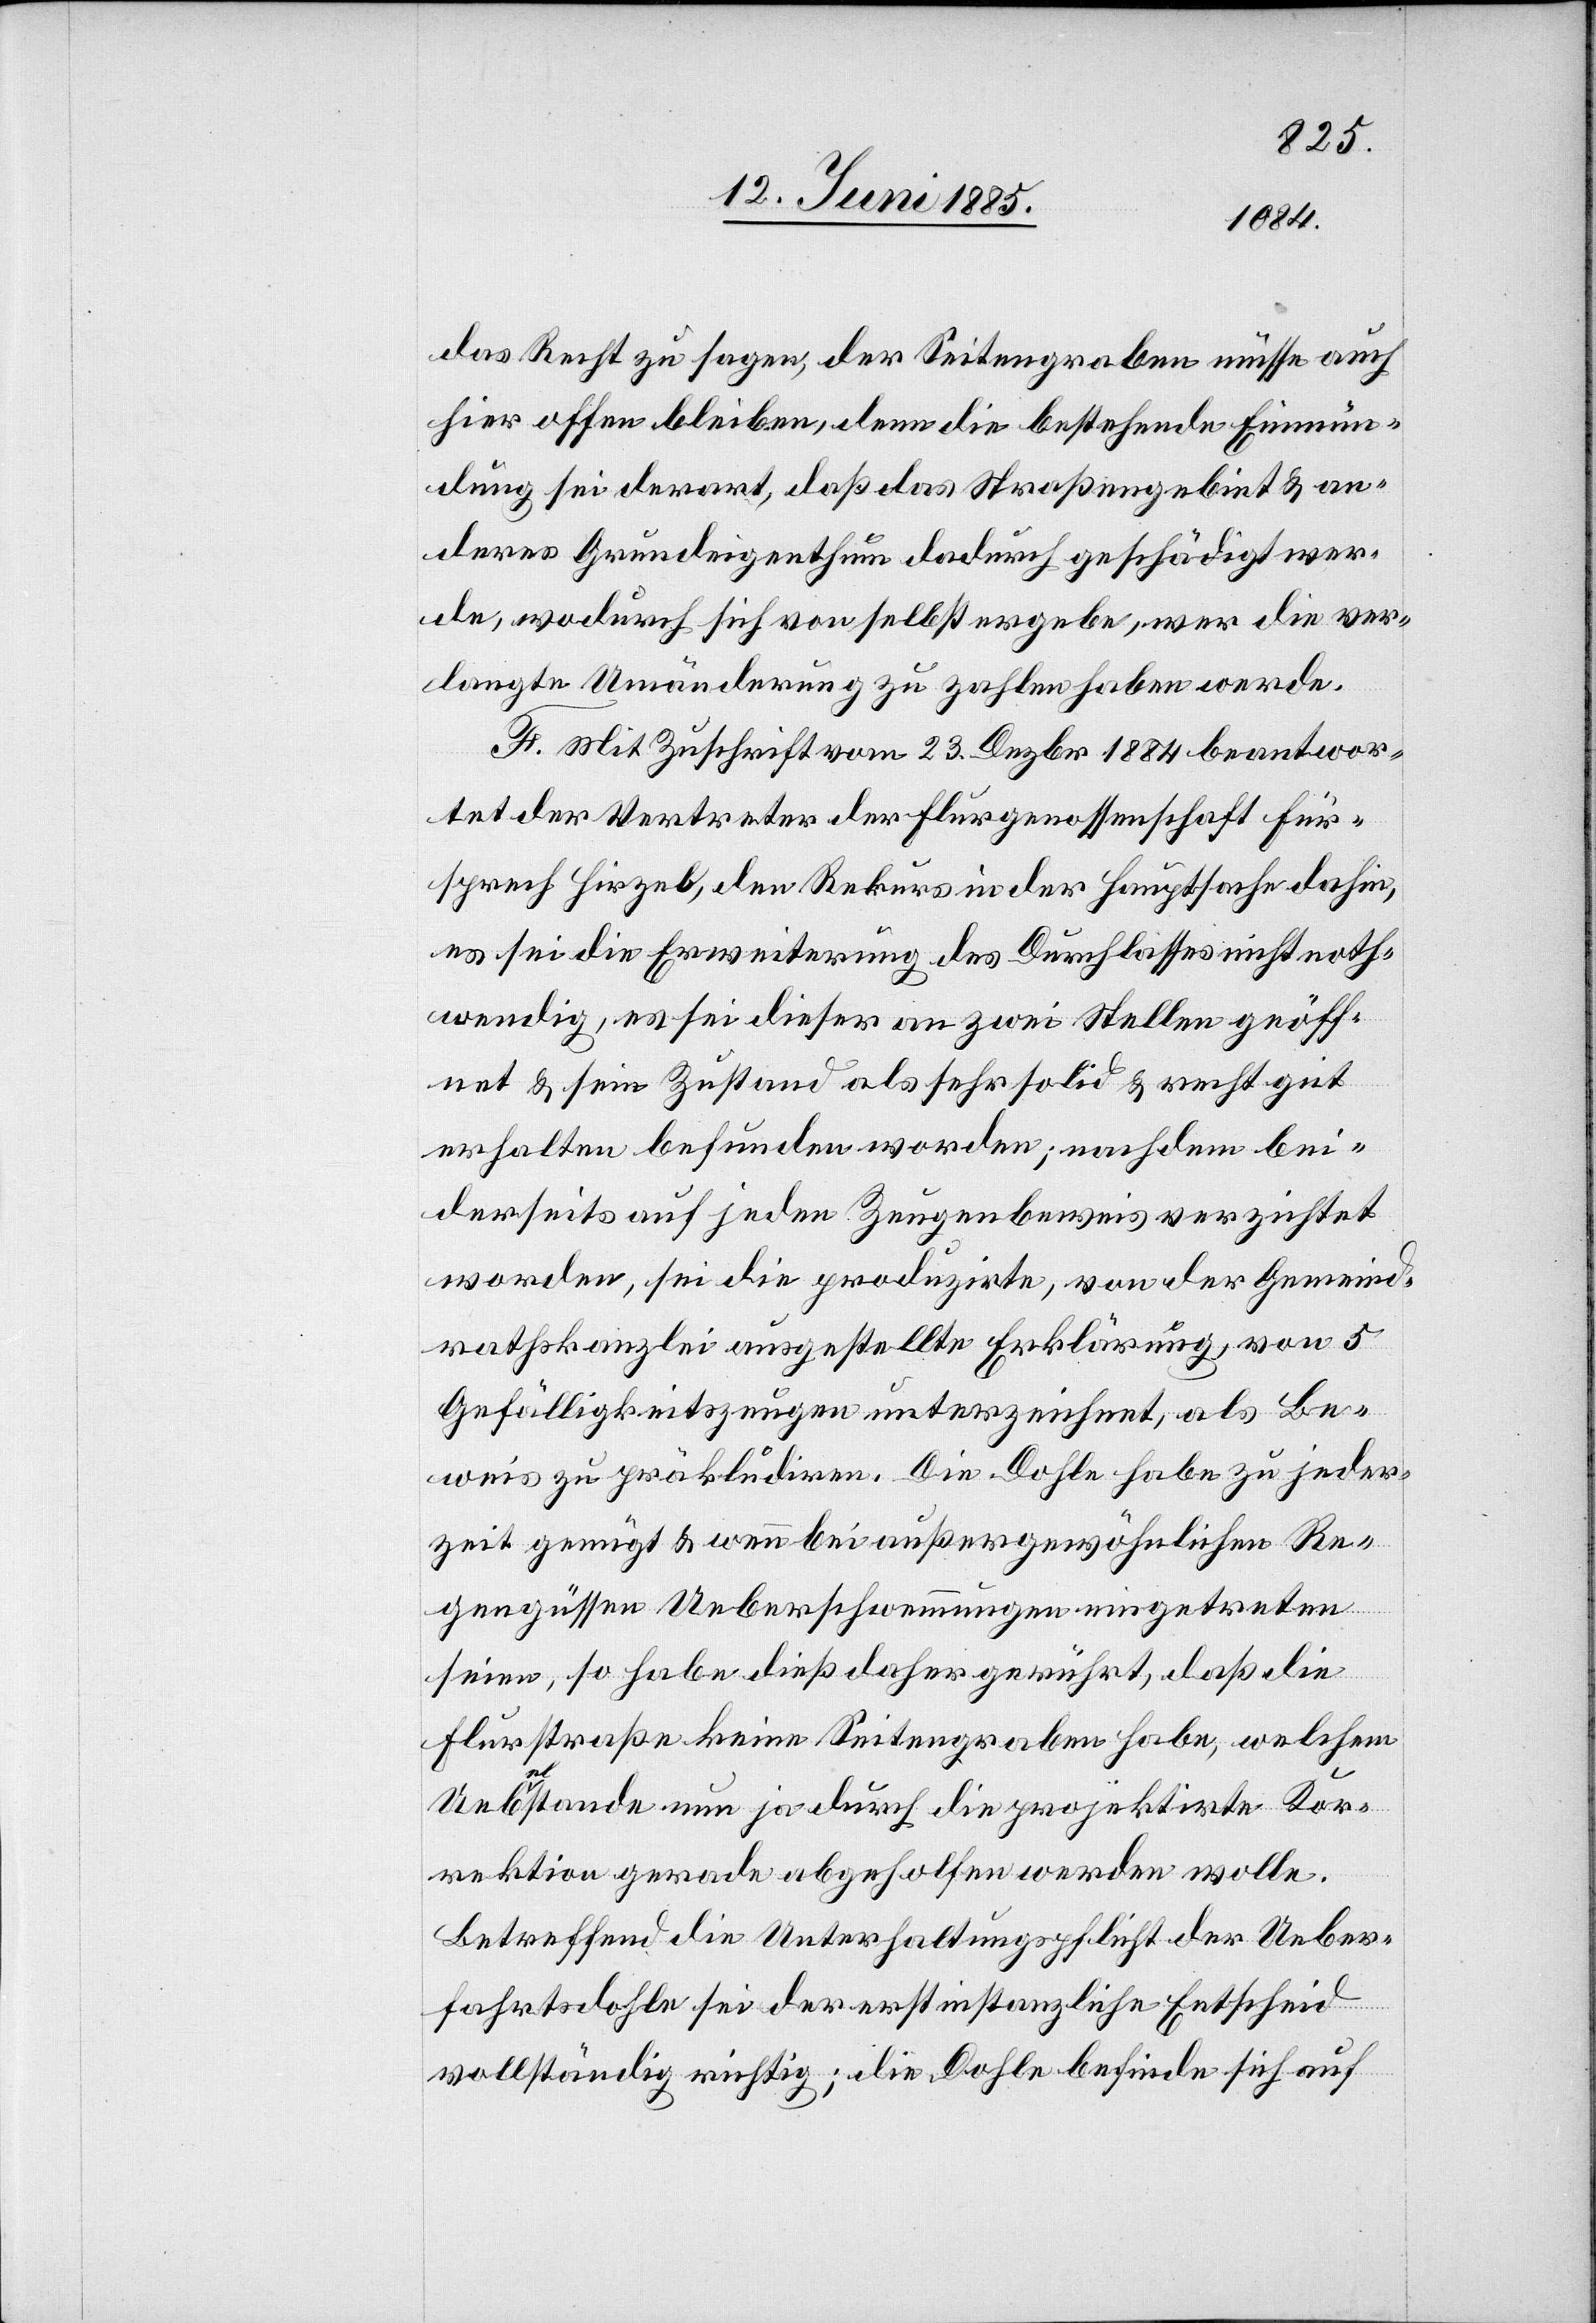
das Recht zu sagen, der Seitengraben müsse auch
hier offen bleiben, denn die bestehende Einmün¬
dung sei derart, daß das Straßengebiet & an¬
deres Grundeigenthum dadurch geschädigt wer¬
de, wodurch sich von selbst ergebe, wer die ver¬
langte Umänderung zu zahlen haben werde.
H. Mit Zuschrift vom 23. Dezbr. 1884 beantwor¬
tet der Vertreter der Flurgenossenschaft Für¬
sprech Hirzel, den Rekurs in der Hauptsache dahin,
es sei die Erweiterung des Durchlasses nicht noth¬
wendig, es sei dieser an zwei Stellen geöff¬
net & sein Zustand als sehr solid & recht gut
erhalten befunden worden; nachdem bei¬
derseits auf jeden Zeugenbeweis verzichtet
worden, sei die produzirte, von der Gemeind¬
rathskanzlei ausgestellte Erklärung, von 5
Gefälligkeitszeugen unterzeichnet, als Be¬
weis zu präkludiren. Die Dohle habe zu jeder¬
zeit genügt & wenn bei außergewöhnlichen Re¬
gengüssen Ueberschwemmungen eingetreten
seien, so habe dieß daher gerührt, daß die
Flurstraße keine Seitengraben habe, welchem
Uebelstande nun ja durch die projektirte Kor¬
rektion gerade abgeholfen werden wolle.
Betreffend die Unterhaltungspflicht der Ueber¬
fahrtsdohle sei der erstinstanzliche Entscheid
vollständig richtig; die Dohle befinde sich auf